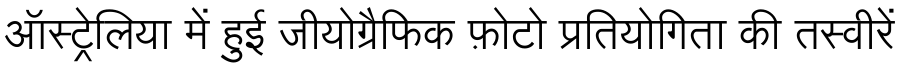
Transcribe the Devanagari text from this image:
ऑस्ट्रेलिया में हुई जीयोग्रैफिक फ़ोटो प्रतियोगिता की तस्वीरें